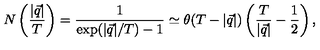
N \left( \frac { | \vec { q } | } { T } \right) = \frac { 1 } { \exp ( | \vec { q } | / T ) - 1 } \simeq \theta ( T - | \vec { q } | ) \left( \frac { T } { | \vec { q } | } - \frac 1 2 \right) ,